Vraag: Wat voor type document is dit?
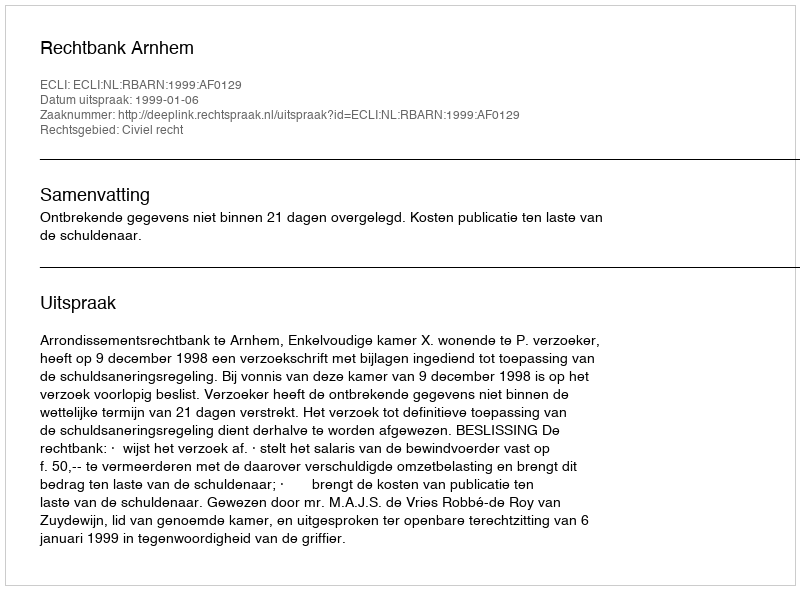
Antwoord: Uitspraak